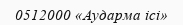
0512000 «Аударма ісі»